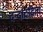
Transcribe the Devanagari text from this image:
दन्दाददित्य्